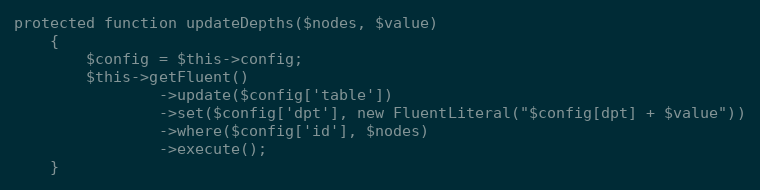
Language: PHP
protected function updateDepths($nodes, $value)
    {
        $config = $this->config;
        $this->getFluent()
                ->update($config['table'])
                ->set($config['dpt'], new FluentLiteral("$config[dpt] + $value"))
                ->where($config['id'], $nodes)
                ->execute();
    }